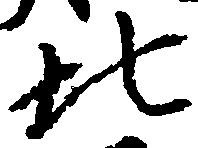
北